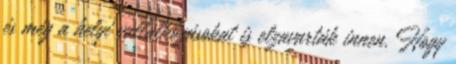
és még a helyi vállalkozásokat is elzavarták innen. Hogy